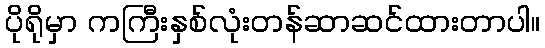
ပိုရိုမှာ ကကြီးနှစ်လုံးတန်ဆာဆင်ထားတာပါ။